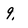
Character: 9